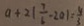
a + 2 \vert \frac { 7 } { 6 } - 2 0 \vert = \frac { 4 } { 3 }